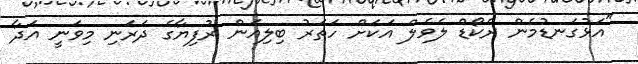
"އަޅުގަނޑުމެން ރެކޯޑް ލެވެލް އަކަށް ހަތަރު ބިލިއަން ރުފިޔާގެ ދަރަނި މިވަނީ އަދާ